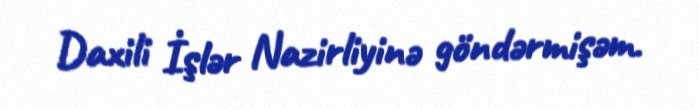
Daxili İşlər Nazirliyinə göndərmişəm.